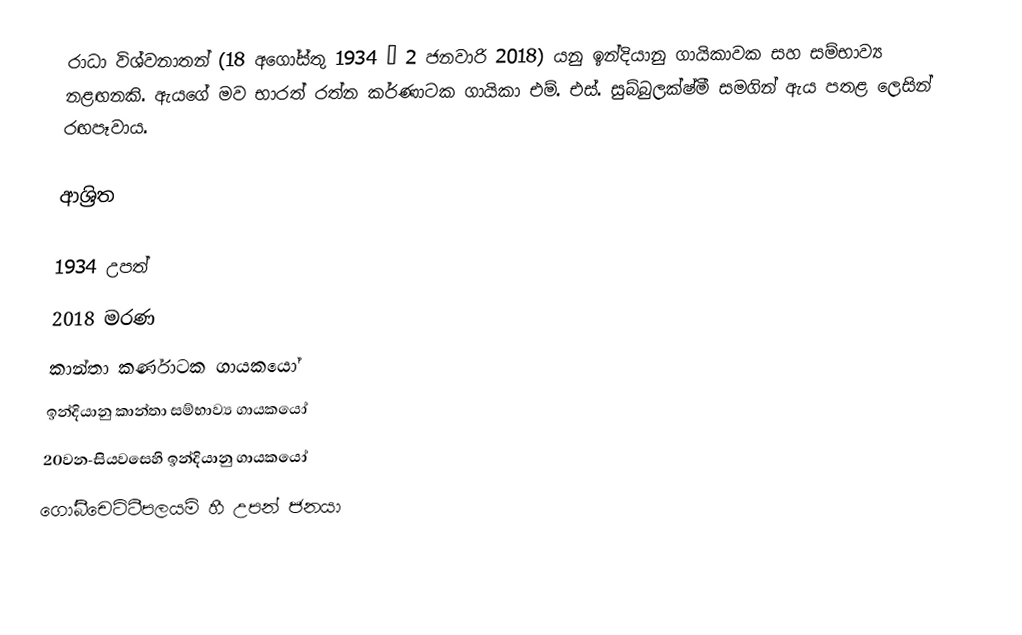
රාධා විශ්වනාතන් (18 අගෝස්තු 1934 – 2 ජනවාරි 2018) යනු ඉන්දියානු ගායිකාවක සහ සම්භාව්‍ය  නළඟනකි. ඇයගේ මව භාරත් රත්න කර්ණාටක ගායිකා එම්. එස්. සුබ්බුලක්ෂ්මී සමගින් ඇය පතළ ලෙසින්  රඟපෑවාය.

ආශ්‍රිත

1934 උපත්
2018 මරණ
කාන්තා කර්ණාටක ගායකයෝ
ඉන්දියානු කාන්තා  සම්භාව්‍ය ගායකයෝ
20වන-සියවසෙහි ඉන්දියානු ගායකයෝ
 ගෝබීචෙට්ටීපලයම් හී උපන් ජනයා